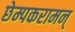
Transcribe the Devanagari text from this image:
छेम्पकरामन्